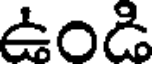
ఉండి